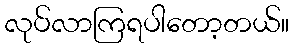
လုပ်လာကြရပါတော့တယ်။